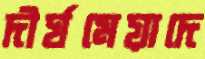
দীর্ঘমেয়াদে